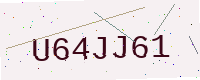
Text: U64JJ61